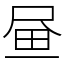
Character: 𡱮